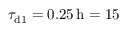
\tau _ { \mathrm { d 1 } } = 0 . 2 5 \, \mathrm { h } = 1 5